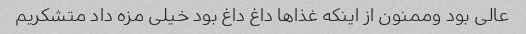
عالی بود وممنون از اینکه غذاها داغ داغ بود خیلی مزه داد متشکریم